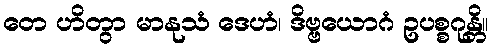
တေ ဟိတွာ မာနုသံ ဒေဟံ၊ ဒိဗ္ဗယောဂံ ဥပစ္စဂုန္တိ။